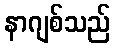
နာဂျစ်သည်